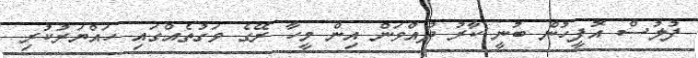
ފުލުސް އޮފީހުން ބުނީ ކާރު ދުއްވަން އިން މީހާ ރޭގެ ވަގުތެއްގައި ހައްޔަރުކުރި